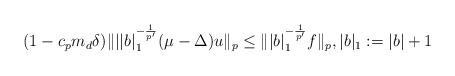
LaTeX: \begin{align*}(1-c_pm_d\delta)\|||b|_1^{-\frac{1}{p'}}(\mu-\Delta)u\|_p \leq \||b|_1^{-\frac{1}{p'}}f\|_p, |b|_1:=|b|+1\end{align*}